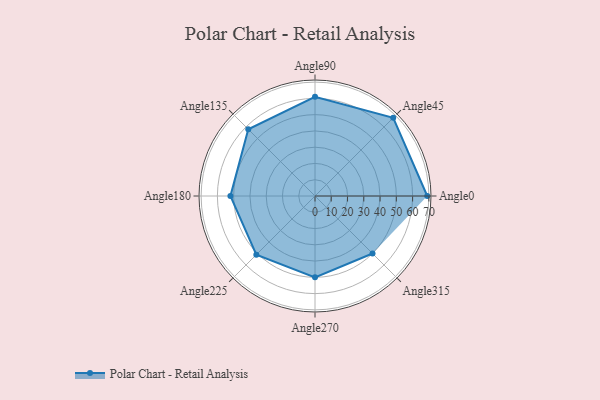
{"axis": {"x": "Angle", "y": "Radius"}, "legend": [""], "data": [{"x": "Angle0", "y": 69.0, "type": ""}, {"x": "Angle45", "y": 68.0, "type": ""}, {"x": "Angle90", "y": 61.0, "type": ""}, {"x": "Angle135", "y": 58.0, "type": ""}, {"x": "Angle180", "y": 52.0, "type": ""}, {"x": "Angle225", "y": 51.0, "type": ""}, {"x": "Angle270", "y": 50, "type": ""}, {"x": "Angle315", "y": 50, "type": ""}]}